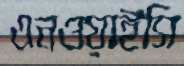
এনওয়াইসি